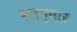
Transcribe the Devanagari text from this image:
बादप्यार